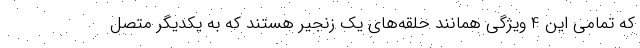
که تمامی این 4 ویژگی همانند حلقه‌های یک زنجیر هستند که به یکدیگر متصل